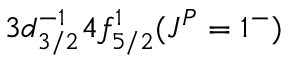
3 d _ { 3 / 2 } ^ { - 1 } 4 f _ { 5 / 2 } ^ { 1 } ( J ^ { P } = 1 ^ { - } )